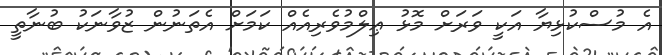
އެ މުސްކުޅިޔާ އަކީ ވަރަށް މޮޅު ޢިލްމުވެރިއެއް ކަމަށް އެތަނުން ޒުވާނަކު ބުނާތީ